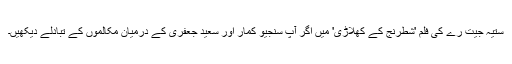
ستیہ جیت رے کی فلم 'شطرنج کے کھلاڑی' میں اگر آپ سنجیو کمار اور سعید جعفری کے درمیان مکالموں کے تبادلے دیکھیں۔